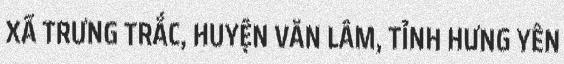
XÃ TRƯNG TRẮC, HUYỆN VĂN LÂM, TỈNH HƯNG YÊN